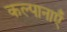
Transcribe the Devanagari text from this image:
कल्पानाएँ